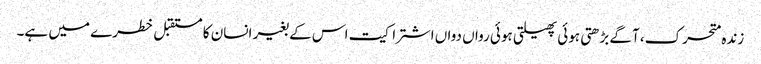
زندہ متحرک، آگے بڑھتی ہوئی پھیلتی ہوئی رواں دواں اشتراکیت اس کے بغیر انسان کا مستقبل خطرے میں ہے۔